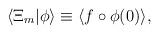
LaTeX: \begin{align*}\langle \Xi_m |\phi \rangle \equiv \langle f \circ \phi(0)\rangle,\end{align*}